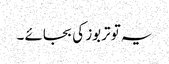
یہ تو تربوز کی بجائے ۔